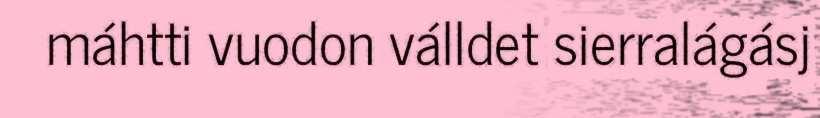
máhtti vuodon válldet sierralágásj